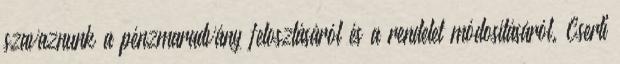
szavaznunk a pénzmaradvány felosztásáról és a rendelet módosításáról. Cserti